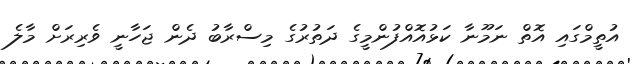
އުތީމްގައި އޮތް ނަމޫނާ ކަޅުއޮއްފުންމީގެ ދަތުރުގެ މިސްރާބު ދެން ޖަހާނީ ވެރިރަށް މާލެ